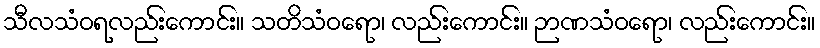
သီလသံဝရလည်းကောင်း။ သတိသံဝရော၊ လည်းကောင်း။ ဉာဏသံဝရော၊ လည်းကောင်း။